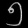
Digit: ၅